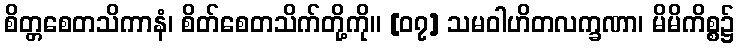
စိတ္တစေတသိကာနံ၊ စိတ်စေတသိက်တို့ကို။ [၀၇] သမဝါဟိတလက္ခဏာ၊ မိမိကိစ္စ၌